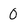
Character: 0